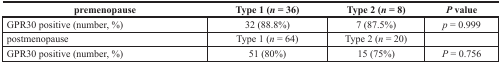
<table><thead><tr><td><b>premenopause</b></td><td><b>Type 1 (<i>n</i> = 36)</b></td><td><b>Type 2 (<i>n</i> = 8)</b></td><td><b><i>P</i> value</b></td></tr></thead><tbody><tr><td>GPR30 positive (number, %)</td><td>32 (88.8%)</td><td>7 (87.5%)</td><td><i>p</i> = 0.999</td></tr><tr><td>postmenopause</td><td>Type 1 (<i>n</i> = 64)</td><td>Type 2 (<i>n</i> = 20)</td><td></td></tr><tr><td>GPR30 positive (number, %)</td><td>51 (80%)</td><td>15 (75%)</td><td><i>P</i> = 0.756</td></tr></tbody></table>